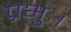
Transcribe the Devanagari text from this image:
प्रभुः।